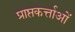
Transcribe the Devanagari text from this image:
प्राप्तकर्त्ताओं